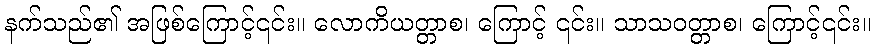
နက်သည်၏ အဖြစ်ကြောင့်၎င်း။ လောကိယတ္တာစ၊ ကြောင့် ၎င်း။ သာသဝတ္တာစ၊ ကြောင့်၎င်း။